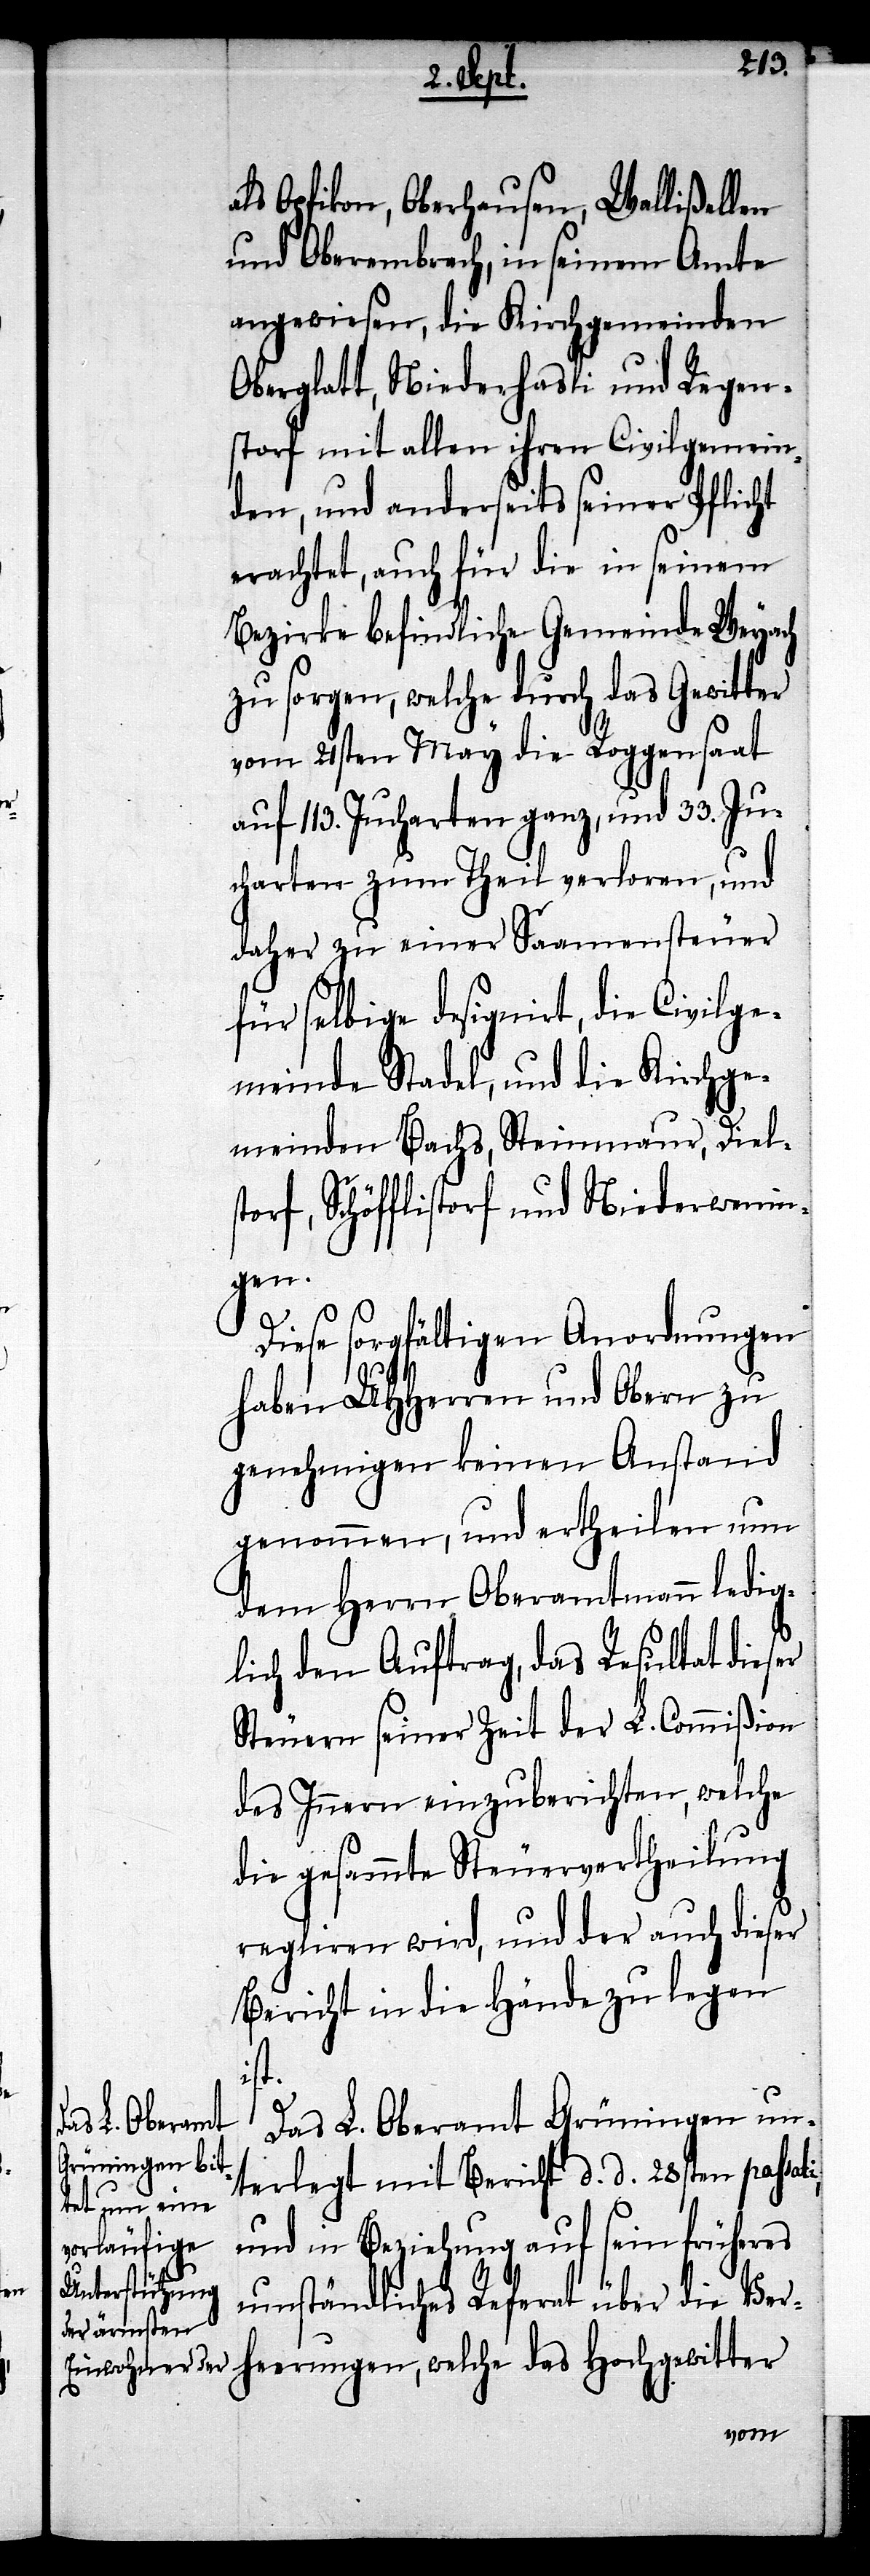
als Opfikon, Oberhausen, Wallisellen
und Oberembrach, in seinem Amte
angewiesen, die Kirchgemeinden
Oberglatt, Niederhasli und Regen¬
storf mit allen ihren Civilgemein¬
den, und anderseits seiner Pflicht
erachtet, auch für die in seinem
Bezirke befindliche Gemeinde Weyach
zu sorgen, welche durch das Gewitter
vom 21sten May die Roggensaat
auf 113. Jucharten ganz, und 33. Ju¬
charten zum Theil verloren, und
daher zu einer Saamensteuer
für selbige designirt, die Civilge¬
meinde Stadel, und die Kirchge¬
meinden Bachs, Steinmaur, Diels¬
torf, Schöfflistorf und Niederwenin¬
gen.
Diese sorgfältigen Anordnungen
haben UHHerren und Obern zu
genehmigen keinen Anstand
genommen, und ertheilen um
dem Herrn Oberamtmann ledig¬
lich den Auftrag, das Resultat dieser
Steuern seiner Zeit der L. Commißion
des Innern einzuberichten, welche
die gesammte Steuervertheilung
regliren wird, und der auch dieser
Bericht in die Hände zu legen
i,
Das L. Oberamt Grüningen un¬
terlegt mit Bericht d. d. 28sten passat¬
und in Beziehung auf sein früheres
umständliches Referat über die Ver¬
heerungen, welche das Hochgewitter